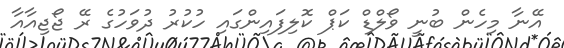
އޭނާ މިހެން ބުނީ ވޯލްޑް ކަޕް ކޮލިފައިންގައި ހުކުރު ދުވަހުގެ ރޭ ޖޯޖިއާއާ